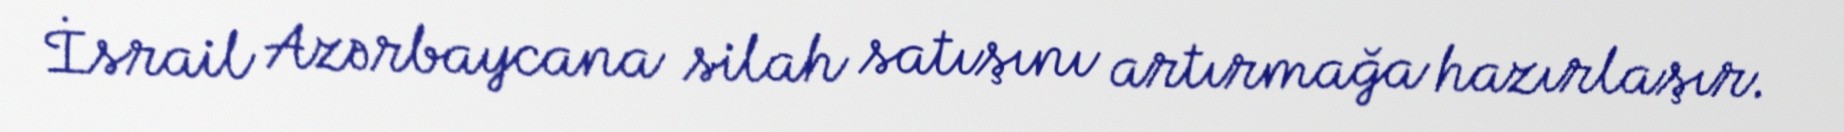
İsrail Azərbaycana silah satışını artırmağa hazırlaşır.